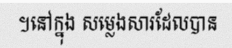
។នៅក្នុង សម្លេងសារដែលបាន